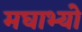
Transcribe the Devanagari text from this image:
मघाभ्यो